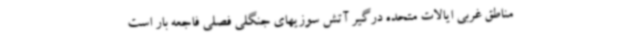
مناطق غربی ایالات متحده درگیر آتش سوزیهای جنگلی فصلی فاجعه بار است